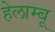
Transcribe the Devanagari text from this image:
हेलाम्बू